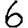
Digit: 6